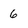
Character: 6